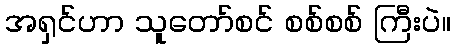
အရှင်ဟာ သူတော်စင် စစ်စစ် ကြီးပဲ။